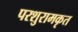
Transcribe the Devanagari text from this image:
परशुरामकृत